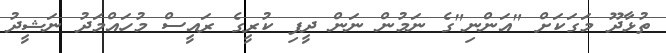
ތުޅާދޫ މަގަަކަށް "އަންނި"ގެ ނަމުން ނަން ދީފި ކުރީގެ ރައީސް މުހައްމަދު ނަޝީދު